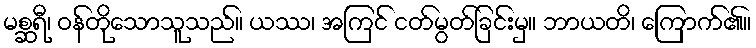
မစ္ဆရီ၊ ဝန်တိုသောသူသည်။ ယဿ၊ အကြင် ငတ်မွတ်ခြင်းမှ။ ဘာယတိ၊ ကြောက်၏။